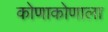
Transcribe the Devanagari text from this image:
कोणाकोणाला